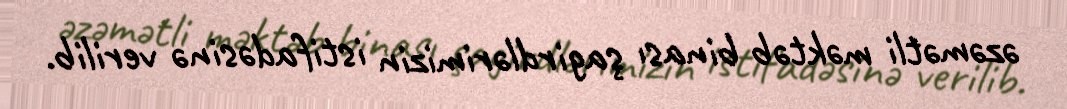
əzəmətli məktəb binası şagirdlərimizin istifadəsinə verilib.